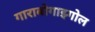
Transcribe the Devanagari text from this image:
गाराबोगाझ्गोल